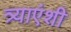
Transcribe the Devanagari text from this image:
त्र्याएंशी